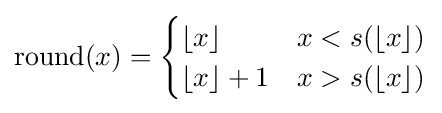
\operatorname {round} (x)={\begin{cases}\lfloor x\rfloor &x<s(\lfloor x\rfloor )\\\lfloor x\rfloor +1&x>s(\lfloor x\rfloor )\end{cases}}